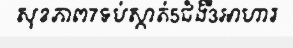
សុខភាព7ទប់ស្កាត់5ជំងឺ3អាហារ